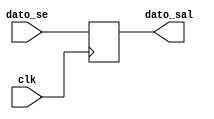
`timescale 1ns / 1ps
//////////////////////////////////////////////////////////////////////////////////
// Company: 
// Engineer: 
// 
// Design Name: 
// Module Name: reg_tx
// Project Name: 
// Target Devices: 
// Tool Versions: 
// Description: 
// 
// Dependencies: 
// 
// Revision:
// Revision 0.01 - File Created
// Additional Comments:
// 
//////////////////////////////////////////////////////////////////////////////////


module reg_tx(
    input wire clk,
    input wire dato_se,
    output wire dato_sal
    );
 reg sal_t; // seal de inicio
    always @(posedge clk)
        sal_t<=dato_se;
        
assign dato_sal=sal_t;

endmodule